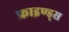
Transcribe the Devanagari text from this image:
फ्राइण्ड्स